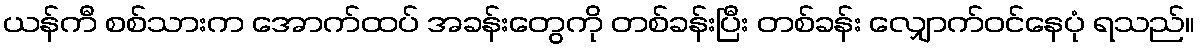
ယန်ကီ စစ်သားက အောက်ထပ် အခန်းတွေကို တစ်ခန်းပြီး တစ်ခန်း လျှောက်ဝင်နေပုံ ရသည်။